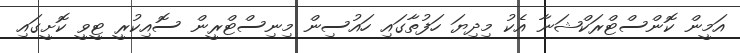
އަމީން ކޮންސްޓްރަކްޝަނާ އެކު މިދިޔަ ހަފުތާގައި ހައުސިން މިނިސްޓްރީން ސޮއިކުރީ ޓީވީ ކޮށީގައި